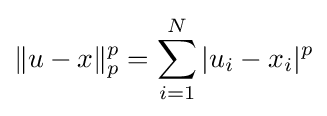
\|u-x\|_{p}^{p}=\sum _{i=1}^{N}|u_{i}-x_{i}|^{p}